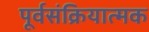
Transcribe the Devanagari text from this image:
पूर्वसंक्रियात्मक